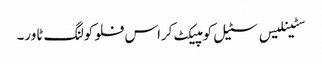
سٹینلیس سٹیل کومپیکٹ کراس فلو کولنگ ٹاور۔